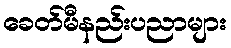
ခေတ်မီနည်းပညာများ